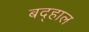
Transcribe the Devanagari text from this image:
बद्हाल